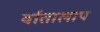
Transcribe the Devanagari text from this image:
र्वातालाप